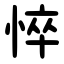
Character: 悴